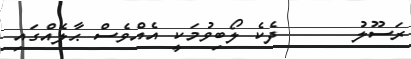
ރަސޫލު      ދެކެ ލޯބިވުމަކީ އެއްވެސް ޙާލެއްގައި